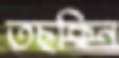
তছকিন